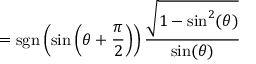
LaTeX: = \operatorname { s g n } \left( \sin \left( \theta + { \frac { \pi } { 2 } } \right) \right) { \frac { \sqrt { 1 - \sin ^ { 2 } ( \theta ) } } { \sin ( \theta ) } }